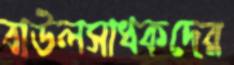
বাউলসাধকদের